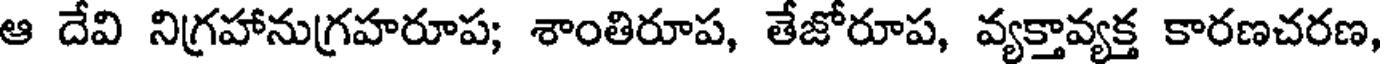
ఆ దేవి నిగ్రహానుగ్రహరూప; శాంతిరూప, తేజోరూప, వ్యక్తావ్యక్త కారణచరణ,